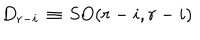
LaTeX: D _ { r - i } \, \equiv \, \mathrm { S O } ( r - i , r - i )